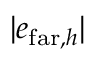
| e _ { \mathrm { f a r } , h } |